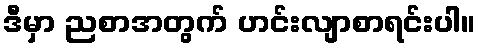
ဒီမှာ ညစာအတွက် ဟင်းလျာစာရင်းပါ။